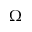
\Omega